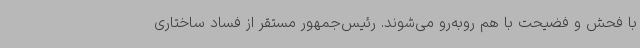
با فحش و فضیحت با هم روبه‌رو می‌شوند. رئیس‌جمهور مستقر از فساد ساختاری